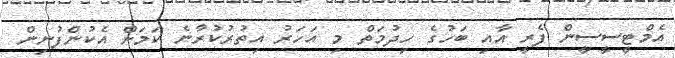
އެމްޓީސީސީން ފެރީ އާއި ބަހުގެ ހިދުމަތް މި އަހަރު އިތުރުކުރާނެ ކަމަށް އެކުންފުނިން